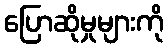
ပြောဆိုမှုများကို